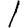
Digit: 1